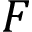
{ \cal F }